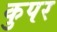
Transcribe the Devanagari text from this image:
कुपर